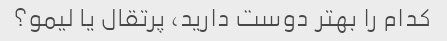
کدام را بهتر دوست دارید، پرتقال یا لیمو؟